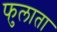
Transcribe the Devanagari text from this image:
फुलाता